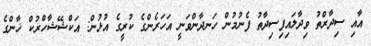
އާއި ސިދާރްތު ވިދާލައިފިސިދާތު ފެނުމުން ހަނދާންވަނީ އަހަރެންގެ ކުރީގެ އުޅުން: އަކްޝޭޝާހްރުކް ޚާންގެ